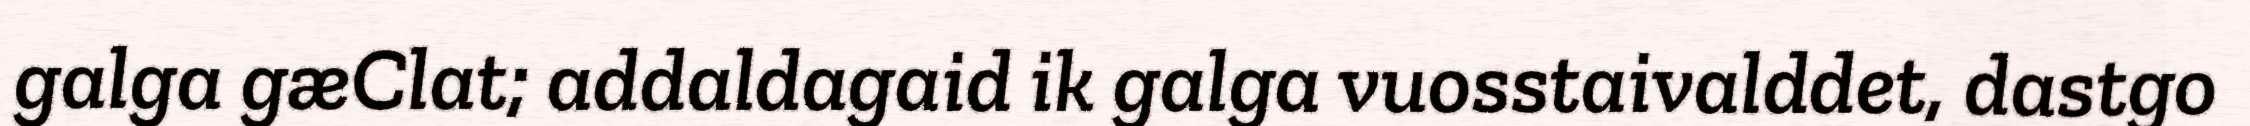
galga gæClat; addaldagaid ik galga vuosstaivalddet, dastgo